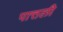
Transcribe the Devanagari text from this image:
पात्तली